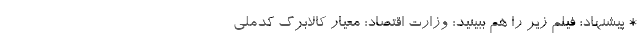
* پیشنهاد؛ فیلم‌ زیر را هم ببینید: وزارت اقتصاد: معیار کالابرگ کدملی